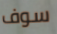
سوف